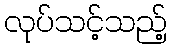
လုပ်သင့်သည့်